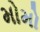
મોમો